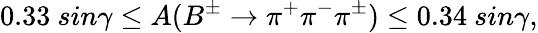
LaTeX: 0.33~sin\gamma\leq A(B^{\pm}\to\pi^{+}\pi^{-}\pi^{\pm})\leq 0.34~sin\gamma,